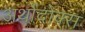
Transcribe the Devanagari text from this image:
अर्थोदोक्स